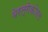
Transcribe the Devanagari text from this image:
बेरल्गेकोरल